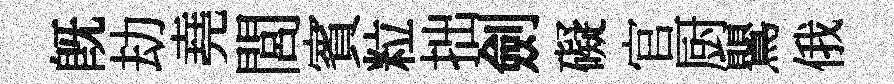
既劫堯閭賓粒拙劍礙官厨鸎俄